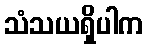
သံသယရှိပါက